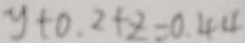
y + 0 . 2 + E = 0 . 4 4